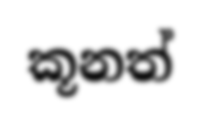
කූනත්